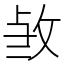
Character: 𭣫